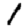
Digit: 1